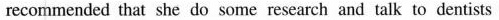
recommended that she do some research and talk to dentists